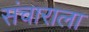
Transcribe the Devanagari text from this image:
संचाराला